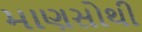
માણસોથી